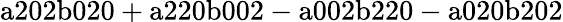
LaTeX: \mathrm{a202b020+a220b002-a002b220-a020b202}